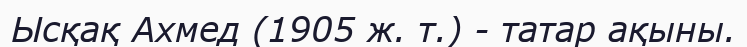
Ысқақ Ахмед (1905 ж. т.) - татар ақыны.